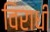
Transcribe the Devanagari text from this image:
विराधी